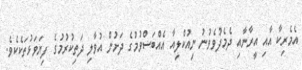
އެމެރިކާ އާއި އީރާނާއި ދެމެދުވެވުނު ނިއުކްލިއާ އެއްބަސްވުމުގެ ދަށުން އުވާލި ދަތިކުރުމުގެ ފިޔަވަޅުތަކެކެވެ.